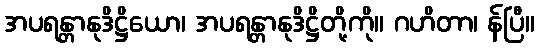
အပရန္တာနုဒိဋ္ဌိယော၊ အပရန္တာနုဒိဋ္ဌိတို့ကို။ ဂဟိတာ၊ န်ပြီ။